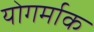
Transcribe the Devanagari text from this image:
योगर्माक